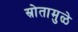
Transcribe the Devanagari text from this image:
स्रोतामुळे